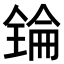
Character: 𠓻